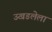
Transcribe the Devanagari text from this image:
उखडलेला